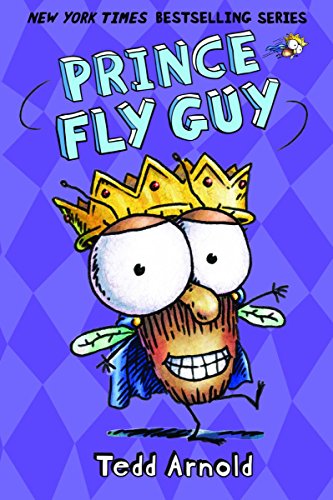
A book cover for Prince Fly Guy (Fly Guy #15); Tedd Arnold; Children's Books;